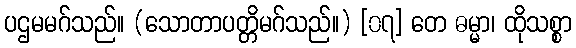
ပဌမမဂ်သည်။ (သောတာပတ္တိမဂ်သည်။) [၀၇] တေ ဓမ္မာ၊ ထိုသစ္စာ